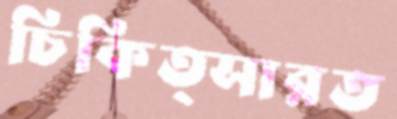
চিকিত্সারত